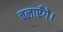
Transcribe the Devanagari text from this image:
चलाएँगे।